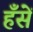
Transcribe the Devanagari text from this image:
हँसें